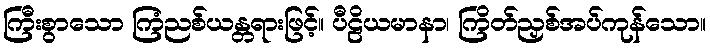
ကြီးစွာသော ကြံညစ်ယန္တရားဖြင့်။ ပီဠိယမာနာ၊ ကြိတ်ညှစ်အပ်ကုန်သော။